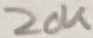
Text: 20K